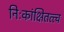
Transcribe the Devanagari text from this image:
निःकांक्षितत्त्व